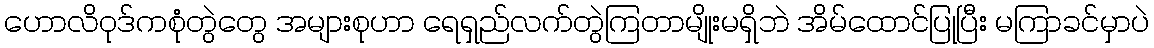
ဟောလိဝုဒ်ကစုံတွဲတွေ အများစုဟာ ရေရှည်လက်တွဲကြတာမျိုးမရှိဘဲ အိမ်ထောင်ပြုပြီး မကြာခင်မှာပဲ